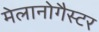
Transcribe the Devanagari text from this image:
मेलानोगैस्टर